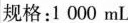
规格：1000mL